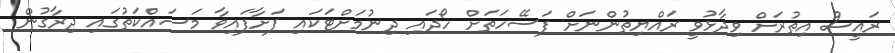
ރައީސް އިތުރަށް ވިދާޅުވީ ރައްޔިތުންނަށް ފަސޭހަތަށް ހޯދައި ދިނުމަށްޓަކައި ފަށާފައިވާ މަސައްކަތުގައި ދިރާގުން